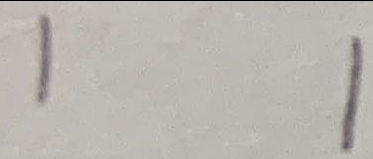
1 1